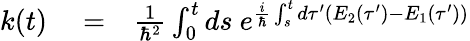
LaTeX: \begin{array}{rlr}{k(t)}&{{}=}&{\frac{1}{\hbar^{2}}\int_{0}^{t}ds\ e^{\frac{i}{\hbar}\int_{s}^{t}d\tau^{\prime}(E_{2}(\tau^{\prime})-E_{1}(\tau^{\prime}))}}\end{array}